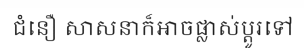
ជំនឿ សាសនាក៏អាចផ្លាស់ប្តូរទៅ